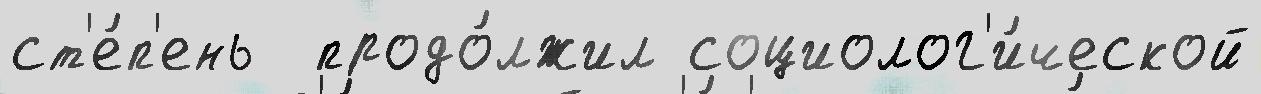
ст'е́п'ень  продо́лжил социолог'и́ческой